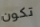
تكون